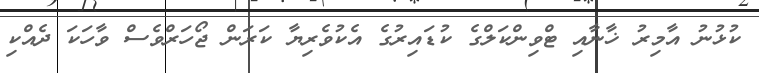
ކުޅުނު އާމިރު ޚާނާއި ޓްވިންކަލްގެ ކުޑައިރުގެ އެކުވެރިޔާ ކަރަން ޖޯހަރްވެސް ވާހަކަ ދެއްކި